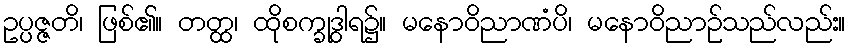
ဥပ္ပဇ္ဇတိ၊ ဖြစ်၏။ တတ္ထ၊ ထိုစက္ခုဒွါရ၌။ မနောဝိညာဏံပိ၊ မနောဝိညာဉ်သည်လည်း။